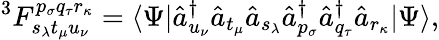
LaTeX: ^3F_{s_{\lambda}t_{\mu}u_{\nu}}^{p_{\sigma}q_{\tau}r_{\kappa}}=\langle\Psi|\hat{a}_{u_{\nu}}^{\dagger}\hat{a}_{t_{\mu}}\hat{a}_{s_{\lambda}}\hat{a}_{p_{\sigma}}^{\dagger}\hat{a}_{q_{\tau}}^{\dagger}\hat{a}_{r_{\kappa}}|\Psi\rangle,